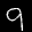
Label: 9